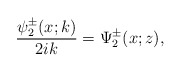
\begin{align*}\frac{\psi^\pm_2(x;k)}{2ik}=\Psi^\pm_2(x;z),\end{align*}